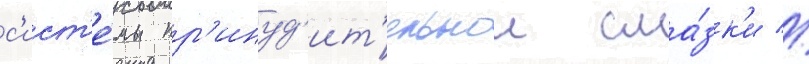
с'ист'е́мы пр'инуд'ит'ельнои сма́зк'и //